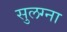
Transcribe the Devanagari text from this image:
सुलग्ना